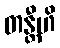
တန္တီဟိ